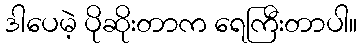
ဒါပေမဲ့ ပိုဆိုးတာက ရေကြီးတာပါ။